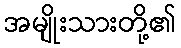
အမျိုးသားတို့၏